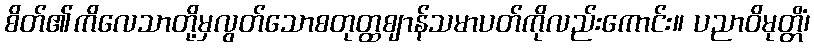
စိတ်၏ကိလေသာတို့မှလွတ်သောစတုတ္ထဈာန်သမာပတ်ကိုလည်းကောင်း။ ပညာဝိမုတ္တိံ၊